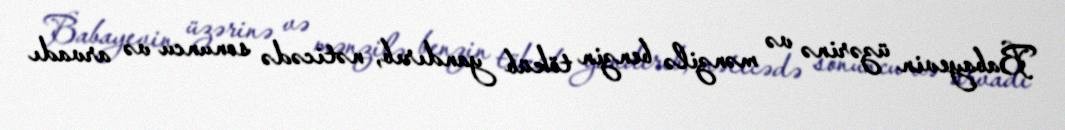
Babayevin üzərinə və mənzilə benzin töküb yandırıb, nəticədə sonuncu və arvadı